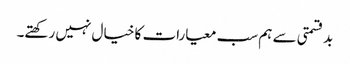
بدقسمتی سے ہم سب معیارات کا خیال نہیں رکھتے۔